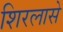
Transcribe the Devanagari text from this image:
शिरलासे